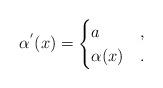
LaTeX: \begin{align*}\alpha^{'}(x)=\begin{cases}a& ,\\\alpha(x)& .\end{cases}\end{align*}